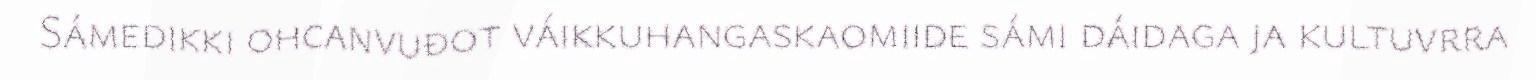
Sámedikki ohcanvuđot váikkuhangaskaomiide sámi dáidaga ja kultuvrra